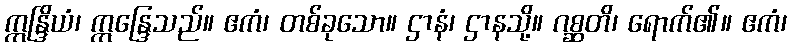
ဣန္ဒြိယံ၊ ဣန္ဒြေသည်။ ဧကံ၊ တစ်ခုသော။ ဌာနံ၊ ဌာနသို့။ ဂစ္ဆတိ၊ ရောက်၏။ ဧကံ၊